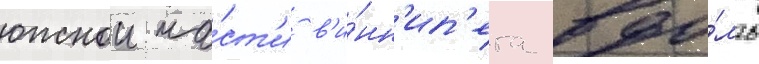
южнои ча́ст'и в'и́нн'ип'ега вдо́ль